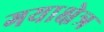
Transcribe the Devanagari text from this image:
गयाक्षेत्र